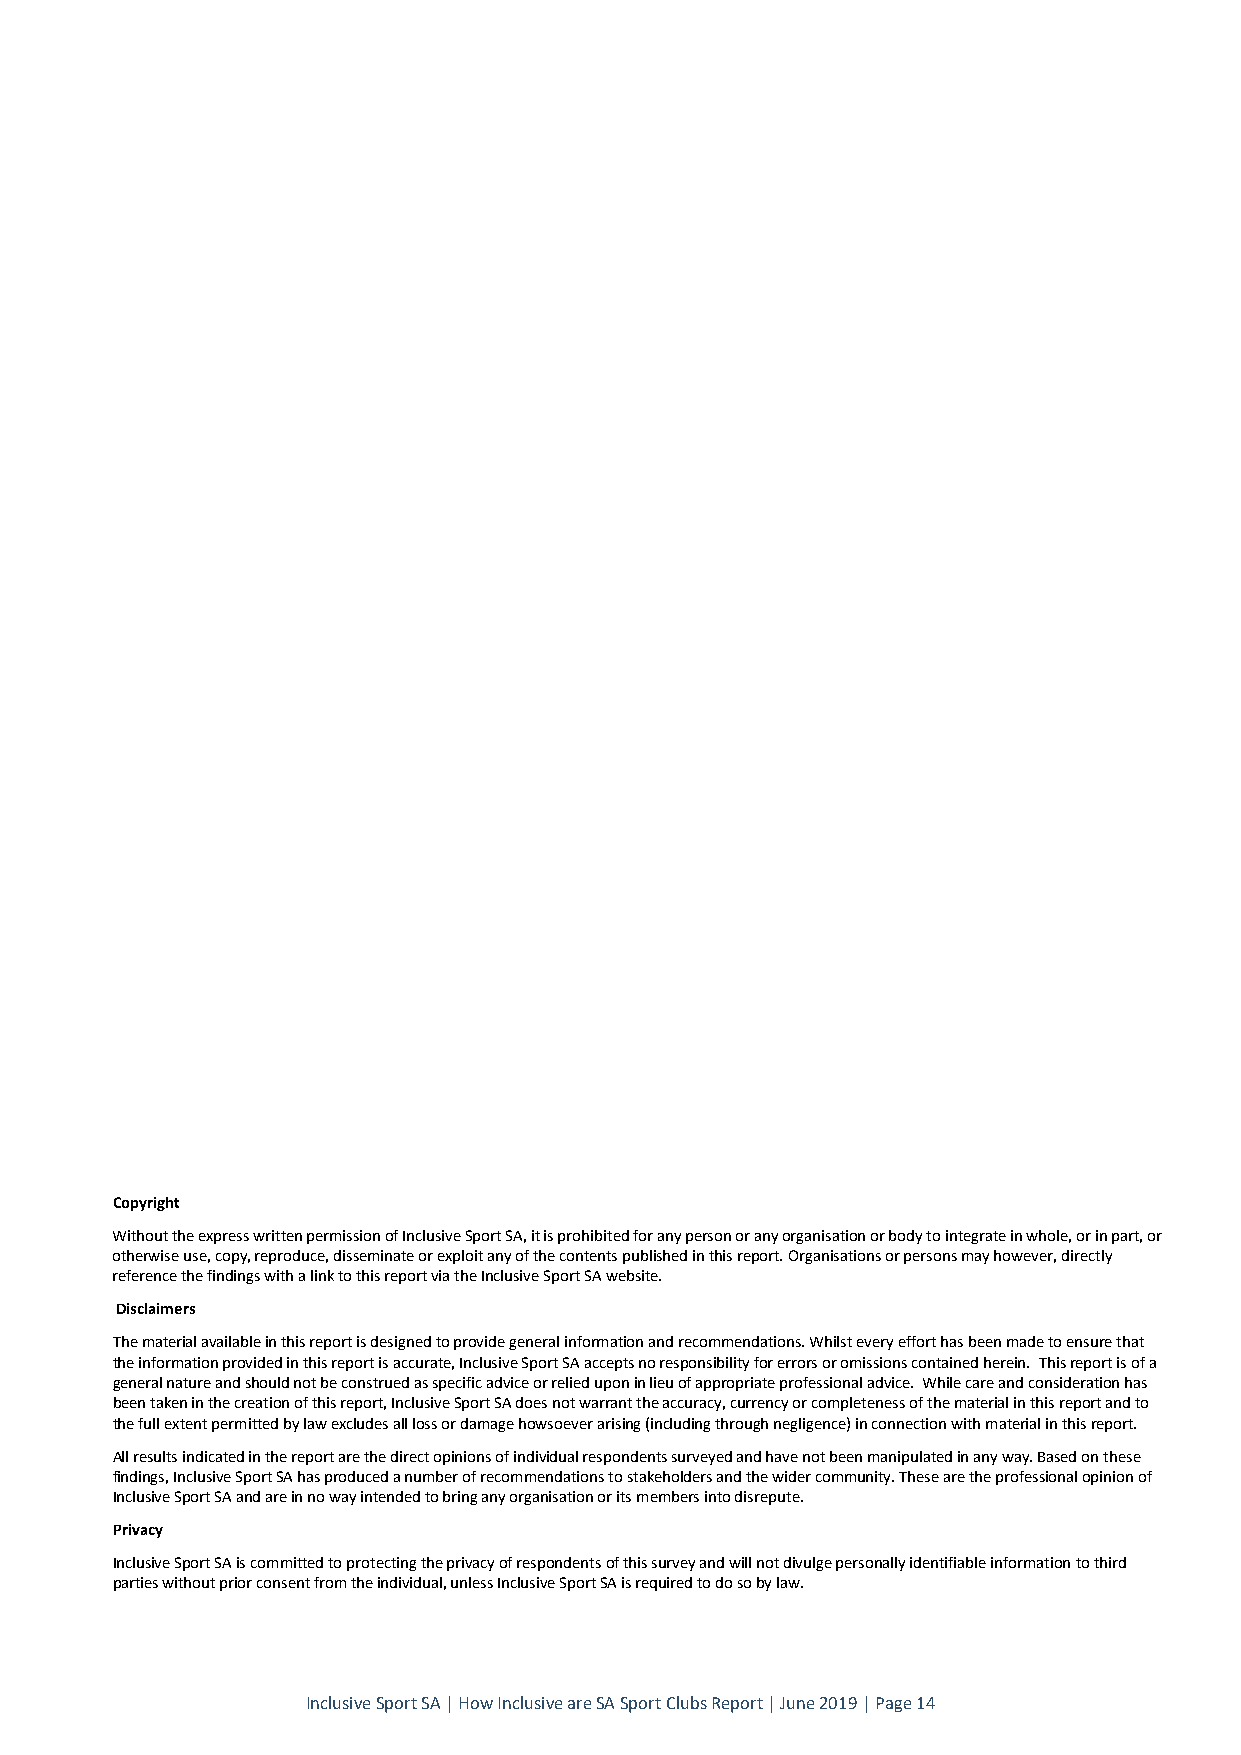
Copyright
 Without the express written permission of Inclusive Sport SA, it is prohibited for any person or any organisation or body to integrate in whole, or in part, or
 otherwise use, copy, reproduce, disseminate or exploit any of the contents published in this report. Organisations or persons may however, directly
 reference the findings with a link to this report via the Inclusive Sport SA website.
 Disclaimers
 The material available in this report is designed to provide general information and recommendations. Whilst every effort has been made to ensure that
 the information provided in this report is accurate, Inclusive Sport SA accepts no responsibility for errors or omissions contained herein. This report is of a
 general nature and should not be construed as specific advice or relied upon in lieu of appropriate professional advice. While care and consideration has
 been taken in the creation of this report, Inclusive Sport SA does not warrant the accuracy, currency or completeness of the material in this report and to
 the full extent permitted by law excludes all loss or damage howsoever arising (including through negligence) in connection with material in this report.
 All results indicated in the report are the direct opinions of individual respondents surveyed and have not been manipulated in any way. Based on these
 findings, Inclusive Sport SA has produced a number of recommendations to stakeholders and the wider community. These are the professional opinion of
 Inclusive Sport SA and are in no way intended to bring any organisation or its members into disrepute.
 Privacy
 Inclusive Sport SA is committed to protecting the privacy of respondents of this survey and will not divulge personally identifiable information to third
 parties without prior consent from the individual, unless Inclusive Sport SA is required to do so by law.
 Inclusive Sport SA | How Inclusive are SA Sport Clubs Report | June 2019 | Page 14